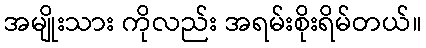
အမျိုးသား ကိုလည်း အရမ်းစိုးရိမ်တယ်။